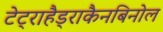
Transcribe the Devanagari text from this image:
टेट्राहैड्राकैनबिनोल